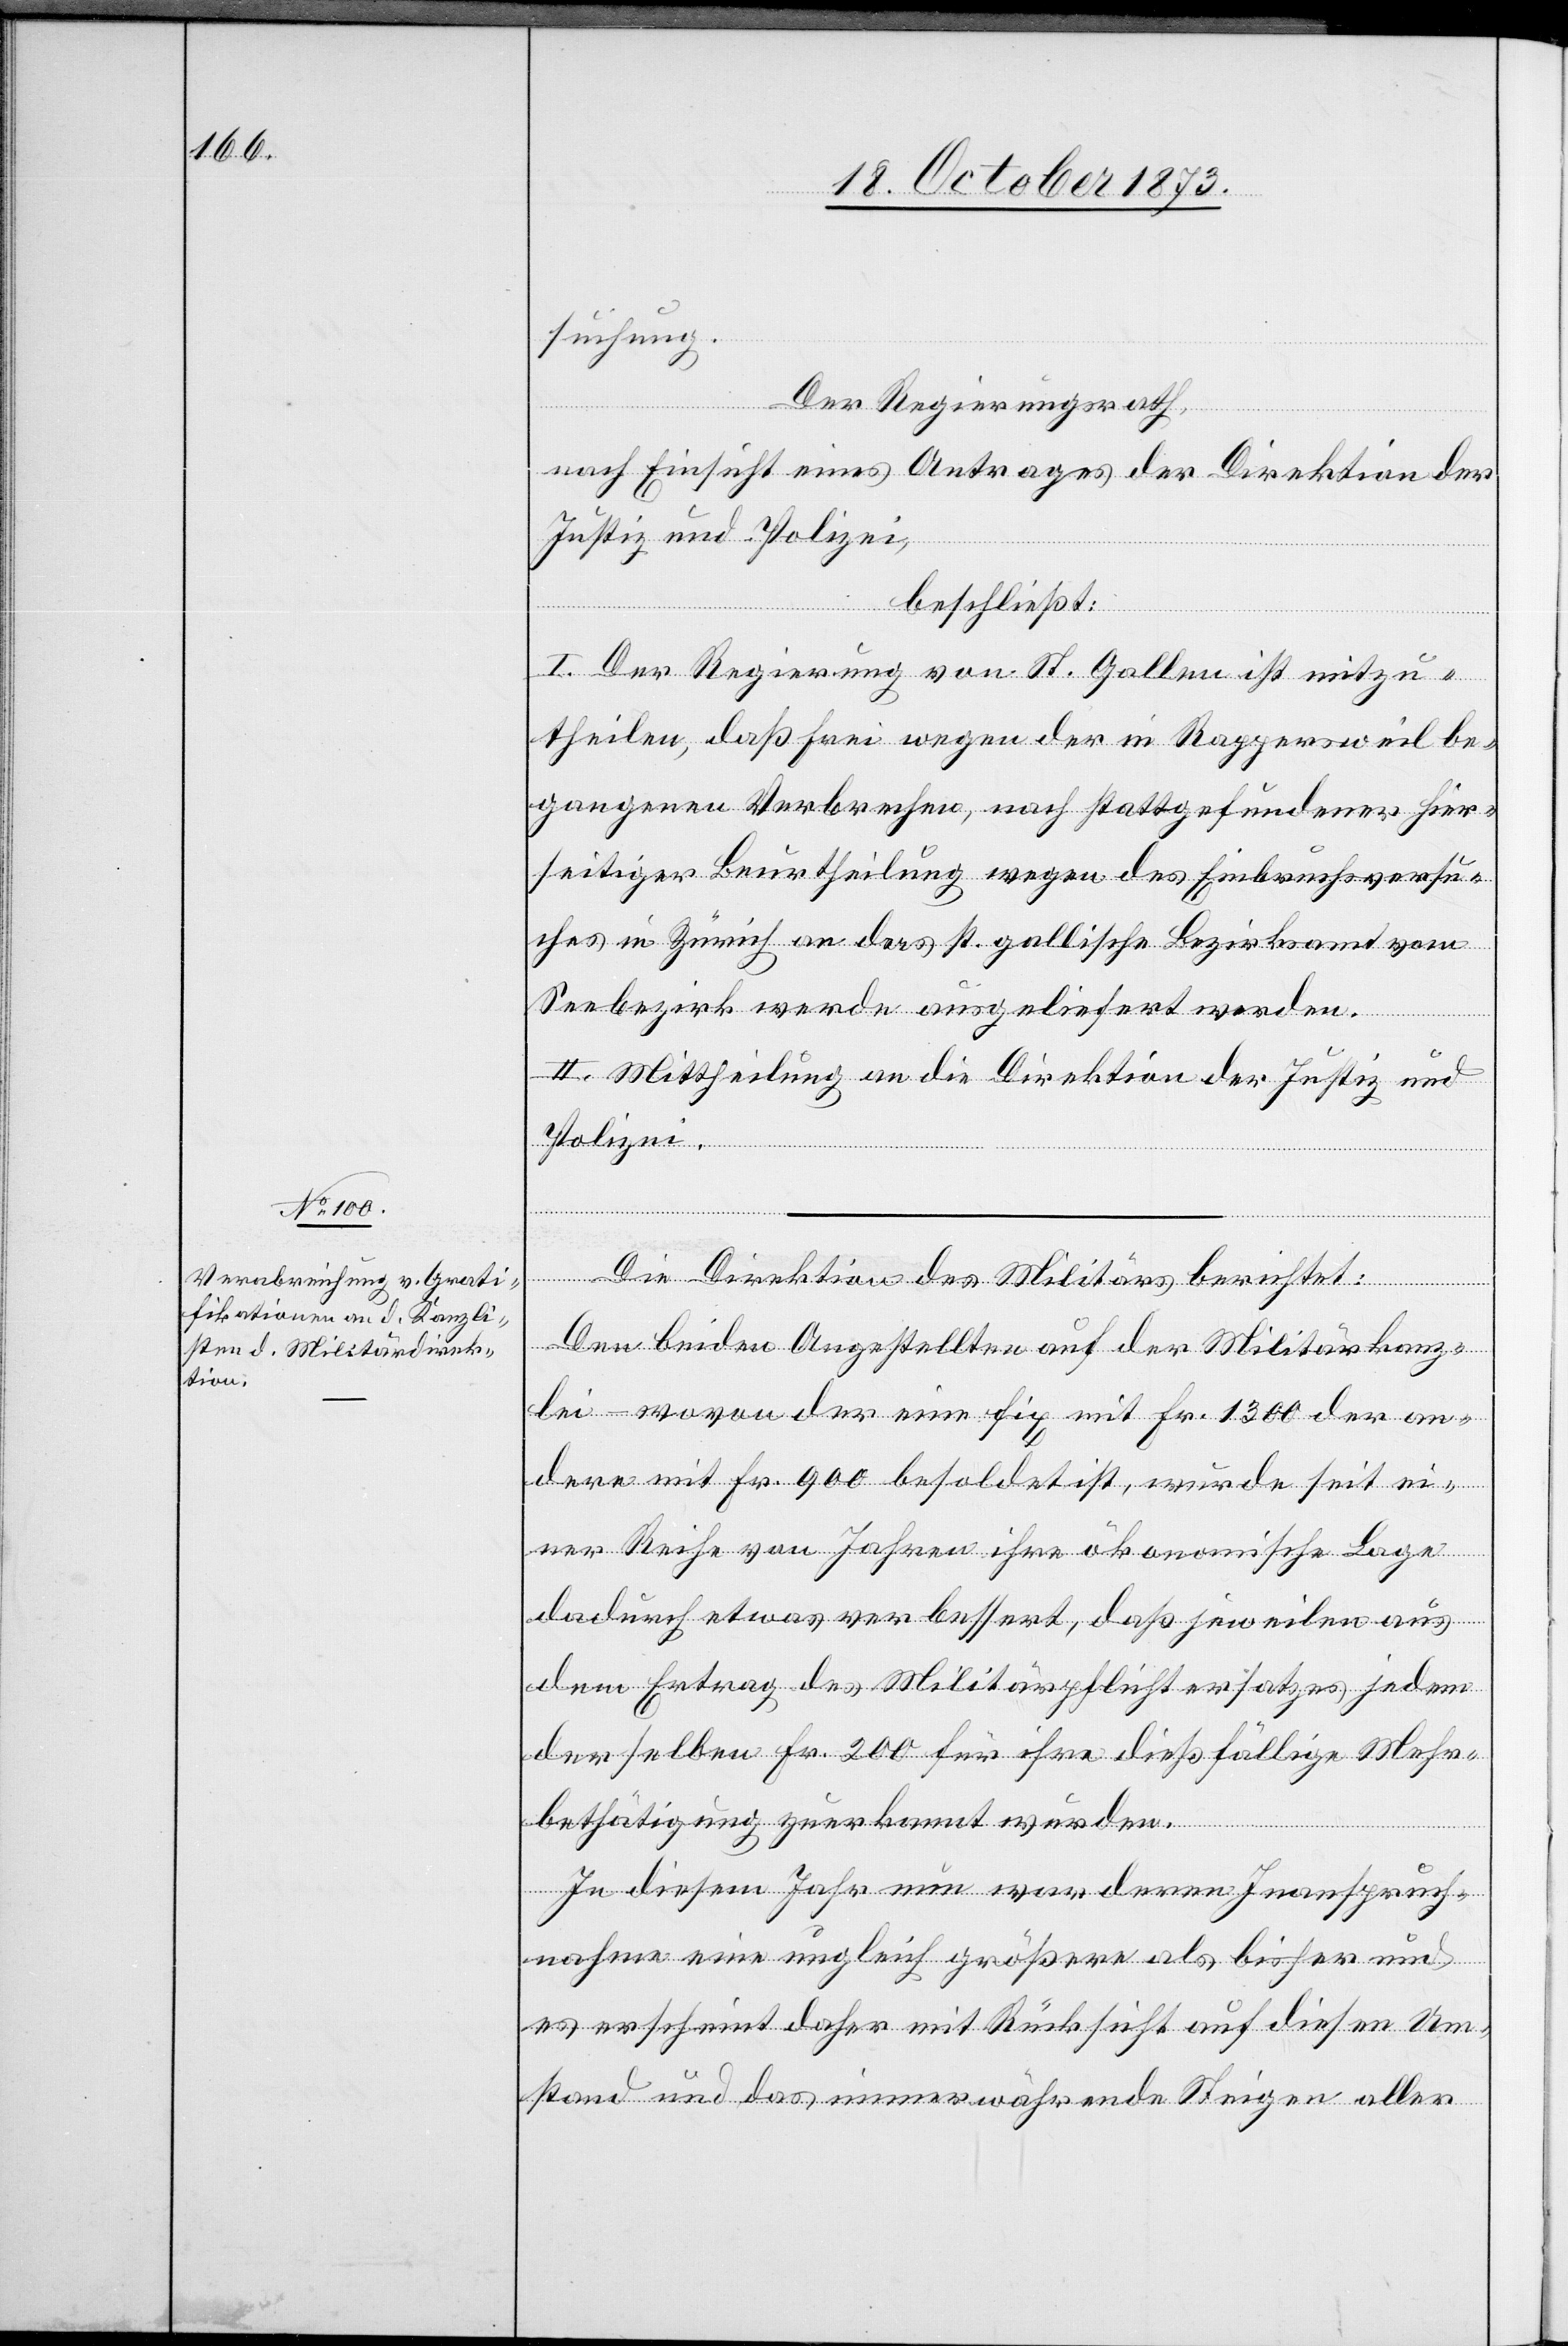
suchung.
Der Regierungsrath,
nach Einsicht eines Antrages der Direktion der
Justiz und Polizei,
beschließt:
I. Der Regierung von St. Gallen ist mitzu¬
theilen, daß Frei wegen der in Rappersweil be¬
gangenen Verbrechen, nach stattgefundener hier¬
seitiger Beurtheilung wegen des Einbruchsversu¬
ches in Zürich an das st. gallische Bezirksamt vom
Seebezirk werde ausgeliefert werden.
II. Mittheilung an die Direktion der Justiz und
Polize¬
i.
Die Direktion des Militärs berichtet:
Den beiden Angestellten auf der Militärkanz¬
lei – wovon der eine fix mit Fr. 1 300 der an¬
dere mit Fr. 900 besoldet ist, wurde seit ei¬
ner Reihe von Jahren ihre ökonomische Lage
dadurch etwas verbessert, daß jeweilen aus
dem Ertrag des Militärpflichtersatzes jedem
derselben Fr. 200 für ihre dießfällige Mehr¬
bethätigung zuerkannt wurden.
In diesem Jahr nun war deren Inanspruch¬
nahme eine ungleich größere als bisher und
es erscheint daher mit Rücksicht auf diesen Um¬
stand und das immerwährende Steigen aller